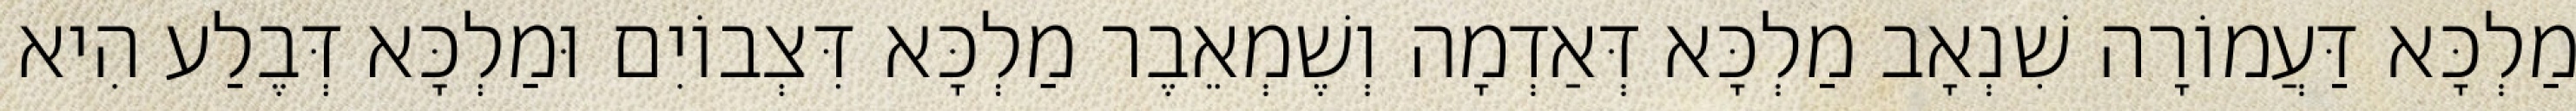
מַלְכָּא דַּעֲמוֹרָה שִׁנְאָב מַלְכָּא דְּאַדְמָה וְשֶׁמְאֵבֶר מַלְכָּא דִּצְבוֹיִם וּמַלְכָּא דְּבֶלַע הִיא